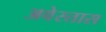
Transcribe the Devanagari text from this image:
अवेस्तास